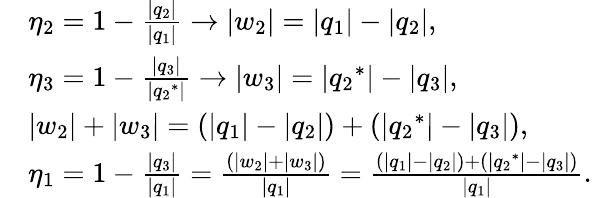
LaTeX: {\begin{array}{rl}&{{{\eta}_{2}}=1-{\frac{|{{q}_{2}}|}{|{{q}_{1}}|}}\to|{{w}_{2}}|=|{{q}_{1}}|-|{{q}_{2}}|,}\\ &{{{\eta}_{3}}=1-{\frac{|{{q}_{3}}|}{|{{q}_{2}}^{*}|}}\to|{{w}_{3}}|=|{{q}_{2}}^{*}|-|{{q}_{3}}|,}\\ &{|{{w}_{2}}|+|{{w}_{3}}|=(|{{q}_{1}}|-|{{q}_{2}}|)+(|{{q}_{2}}^{*}|-|{{q}_{3}}|),}\\ &{{{\eta}_{1}}=1-{\frac{|{{q}_{3}}|}{|{{q}_{1}}|}}={\frac{(|{{w}_{2}}|+|{{w}_{3}}|)}{|{{q}_{1}}|}}={\frac{(|{{q}_{1}}|-|{{q}_{2}}|)+(|{{q}_{2}}^{*}|-|{{q}_{3}}|)}{|{{q}_{1}}|}}.}\end{array}}